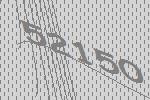
52150